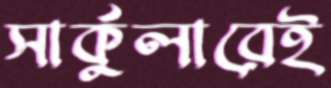
সার্কুলারেই